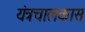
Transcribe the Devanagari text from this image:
यंत्रचालकास